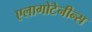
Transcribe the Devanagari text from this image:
एलागोटेनीन्स